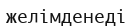
желімденеді